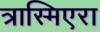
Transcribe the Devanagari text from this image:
त्रास्मिएरा